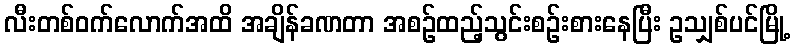
လီးတစ်ဝက်လောက်အထိ အချိန်ခဏတာ အစဉ်ထည့်သွင်းစဉ်းစားနေပြီး ဥသျှစ်ပင်မြို့